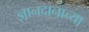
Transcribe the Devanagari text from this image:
ज्ञानदानाच्या